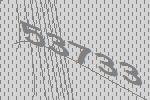
53733